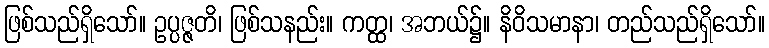
ဖြစ်သည်ရှိသော်။ ဥပ္ပဇ္ဇတိ၊ ဖြစ်သနည်း။ ကတ္ထ၊ အဘယ်၌။ နိဝိသမာနာ၊ တည်သည်ရှိသော်။